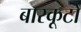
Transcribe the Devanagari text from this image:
बारकूटों